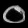
Digit: ၀